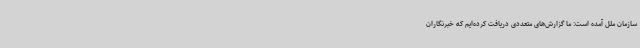
سازمان ملل آمده است: ما گزارش‌های متعددی دریافت کرده‌ایم که خبرنگاران